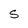
Character: S